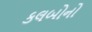
કલબોનો